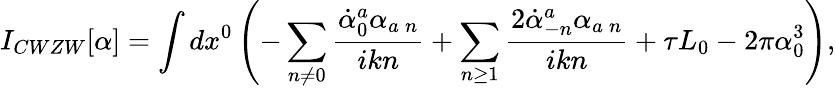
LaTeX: I_{CWZW}[\alpha]=\int dx^{0}\left(-\sum_{n\neq 0}\frac{\dot{\alpha}_{0}^{a}\alpha_{a\: n}}{ikn}+\sum_{n\ge 1}\frac{2\dot{\alpha}_{-n}^{a}\alpha_{a\: n}}{ikn}+\tau L_{0}-2\pi\alpha_{0}^{3}\right),